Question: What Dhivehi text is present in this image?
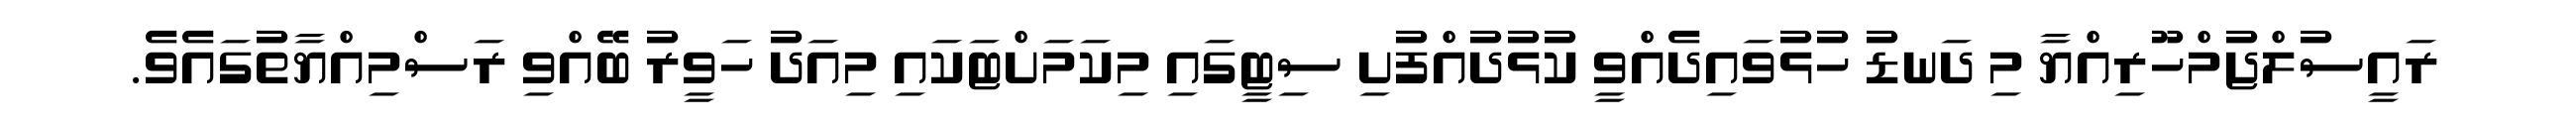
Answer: ރައީސުލްޖުމްހޫރިއްޔާ މި ދަނޑު ހުޅުވައިދެއްވީ ކުޅުދުއްފުށި ސިޓީގައި މިކަމަށްޓަކައި މިއަދު ހަވީރު ބޭއްވި ރަސްމިއްޔާތުގައެވެ.